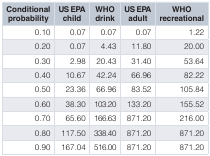
<table><thead><tr><td><b>Conditionalprobability</b></td><td><b>US EPAchild</b></td><td><b>WHOdrink</b></td><td><b>US EPAadult</b></td><td><b>WHOrecreational</b></td></tr></thead><tbody><tr><td>0.10</td><td>0.07</td><td>0.07</td><td>0.07</td><td>1.22</td></tr><tr><td>0.20</td><td>0.07</td><td>4.43</td><td>11.80</td><td>20.00</td></tr><tr><td>0.30</td><td>2.98</td><td>20.43</td><td>31.40</td><td>53.64</td></tr><tr><td>0.40</td><td>10.67</td><td>42.24</td><td>66.96</td><td>82.22</td></tr><tr><td>0.50</td><td>23.36</td><td>66.96</td><td>83.52</td><td>105.84</td></tr><tr><td>0.60</td><td>38.30</td><td>103.20</td><td>133.20</td><td>155.52</td></tr><tr><td>0.70</td><td>65.60</td><td>166.63</td><td>871.20</td><td>216.00</td></tr><tr><td>0.80</td><td>117.50</td><td>338.40</td><td>871.20</td><td>871.20</td></tr><tr><td>0.90</td><td>167.04</td><td>516.00</td><td>871.20</td><td>871.20</td></tr></tbody></table>